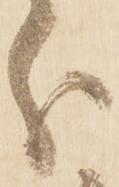
分